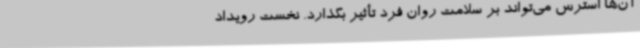
آن‌ها استرس می‌تواند بر سلامت روان فرد تأثیر بگذارد. نخست رویداد